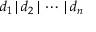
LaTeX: d _ { 1 } \, | \, d _ { 2 } \, | \, \cdots \, | \, d _ { n }